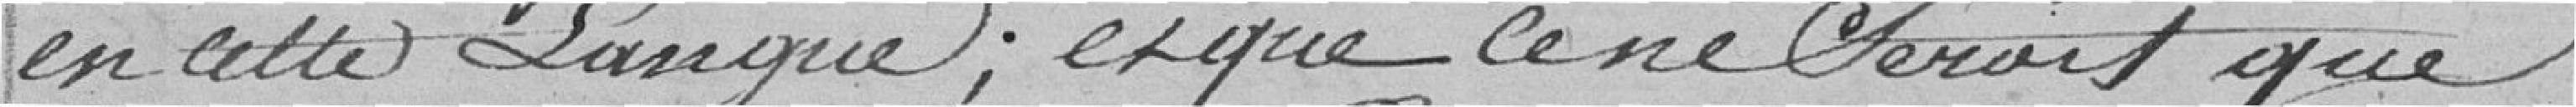
en cette langue; et que ce ne serait que